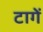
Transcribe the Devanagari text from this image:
टागें